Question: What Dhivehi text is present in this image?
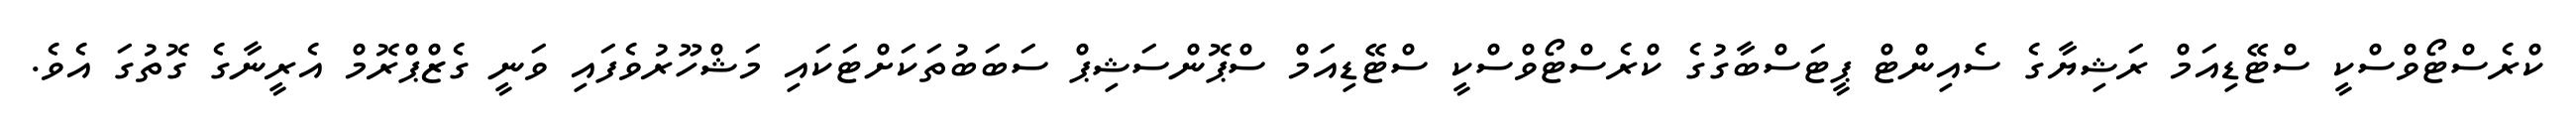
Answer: ކްރެސްޓޯވްސްކީ ސްޓޭޑިއަމް ރަޝިޔާގެ ސެއިންޓް ޕީޓަސްބާގުގެ ކްރެސްޓޯވްސްކީ ސްޓޭޑިއަމް ސްޕޮންސަޝިޕް ސަބަބުތަކަށްޓަކައި މަޝްހޫރުވެފައި ވަނީ ގެޒްޕްރޮމް އެރީނާގެ ގޮތުގަ އެވެ.